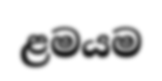
ළමයම